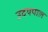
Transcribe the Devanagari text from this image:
उदयपाल